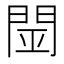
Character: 𨴇